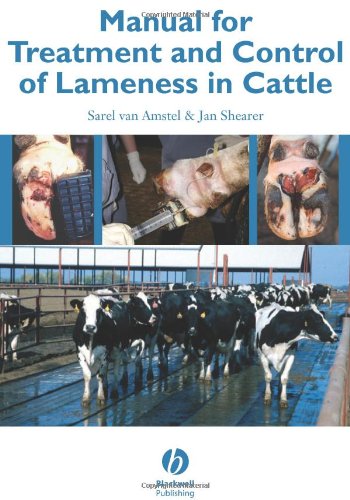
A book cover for Manual for Treatment and Control of Lameness in Cattle; Sarel van Amstel; Medical Books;